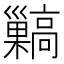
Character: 𩫥